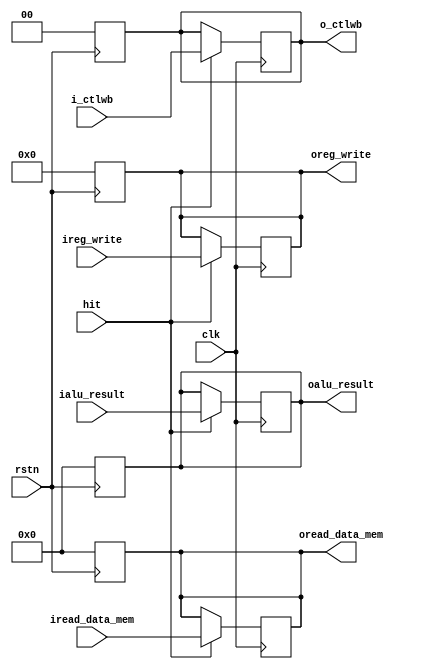
`timescale 1ns / 1ps

module MEMWB(i_ctlwb,
            iread_data_mem,
            ialu_result,
            ireg_write,

            o_ctlwb,
            oread_data_mem,
            oalu_result,
            oreg_write,

            clk,
            rstn,
            hit   
   );

   input [1:0] i_ctlwb;
   input [31:0] iread_data_mem,
                ialu_result;
   input [4:0] ireg_write;

   output reg [1:0] o_ctlwb;
   output reg [31:0] oread_data_mem,
                oalu_result;
   output reg [4:0] oreg_write;

   input clk, hit, rstn;

   always @(negedge rstn) begin
      o_ctlwb = 0; 
      oread_data_mem = 0;
      oalu_result = 0;
      oreg_write = 0;
   end

   always @(negedge clk) begin
      if (hit) begin
         o_ctlwb = i_ctlwb; 
         oread_data_mem = iread_data_mem;
         oalu_result = ialu_result;
         oreg_write = ireg_write;
      end
   end
endmodule // main